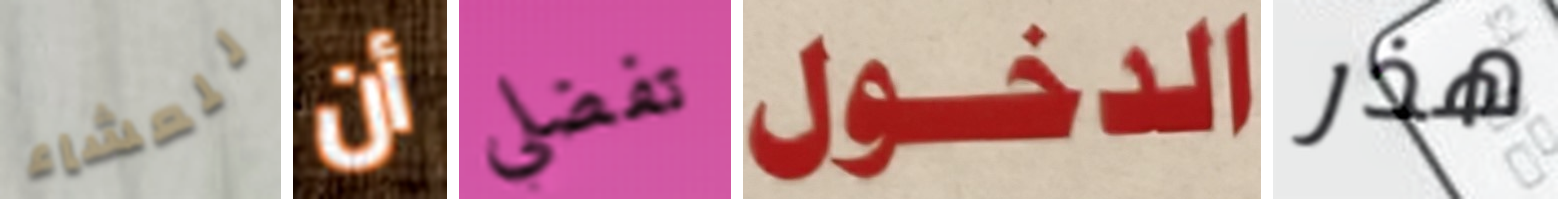
للعشاء أن تفضلي الدخول هذر